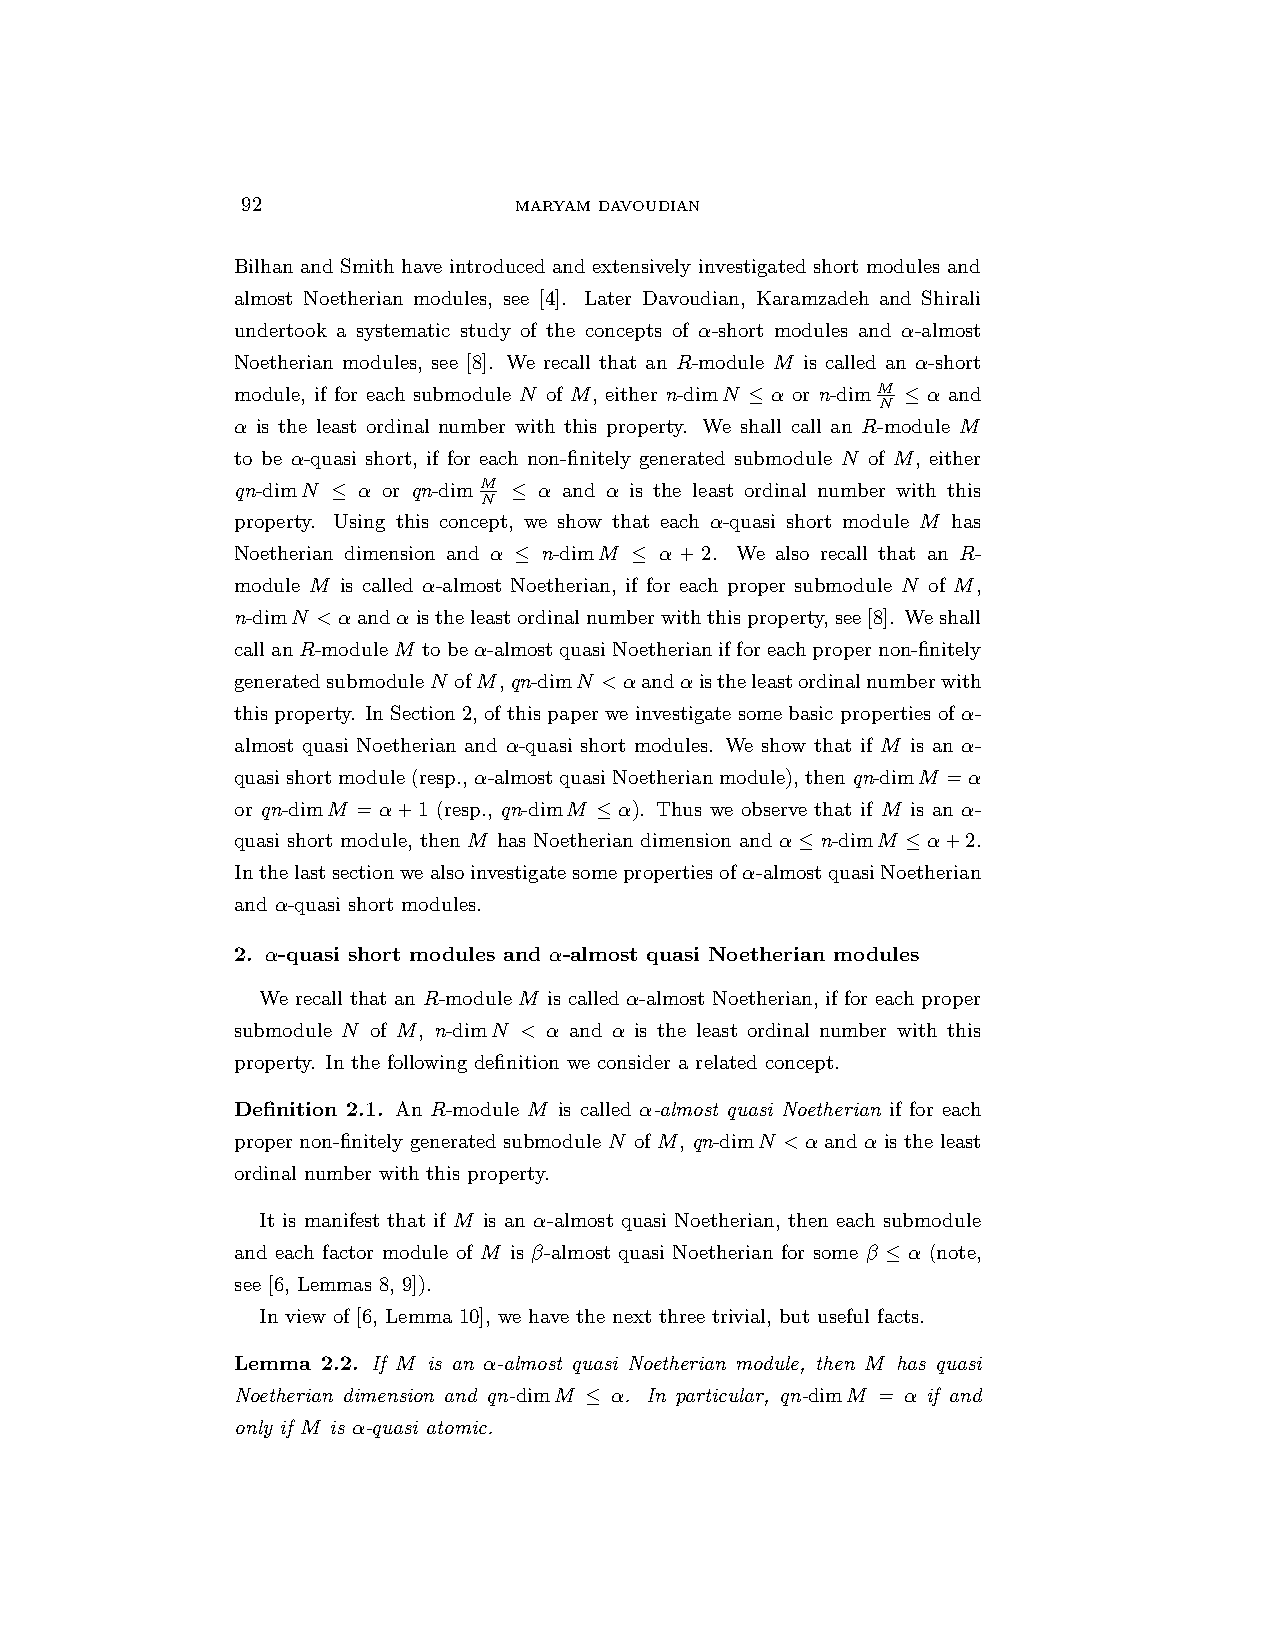
92                MARYAM DAVOUDIAN
 Bilhan and Smith have introduced and extensively investigated short modules and
 almost Noetherian modules, see [4]. Later Davoudian, Karamzadeh and Shirali
 undertook a systematic study of the concepts of α-short modules and α-almost
 Noetherian modules, see [8]. We recall that an R-module M is called an α-short
 module, if for each submodule N of M, either n-dimN ≤ α or n-dimM ≤ α and
 N
 α is the least ordinal number with this property. We shall call an R-module M
 to be α-quasi short, if for each non-finitely generated submodule N of M, either
 qn-dimN ≤ α or qn-dimM ≤ α and α is the least ordinal number with this
 N
 property. Using this concept, we show that each α-quasi short module M has
 Noetherian dimension and α ≤ n-dimM ≤ α + 2. We also recall that an R-
 module M is called α-almost Noetherian, if for each proper submodule N of M,
 n-dimN <αandαistheleastordinalnumberwiththisproperty,see[8]. Weshall
 callanR-moduleM tobeα-almostquasiNoetherianifforeachpropernon-finitely
 generatedsubmoduleN ofM,qn-dimN <αandαistheleastordinalnumberwith
 this property. In Section 2, of this paper we investigate some basic properties of α-
 almost quasi Noetherian and α-quasi short modules. We show that if M is an α-
 quasishortmodule(resp.,α-almostquasiNoetherianmodule),thenqn-dimM =α
 or qn-dimM = α+1 (resp., qn-dimM ≤ α). Thus we observe that if M is an α-
 quasi short module, then M has Noetherian dimension and α≤n-dimM ≤α+2.
 Inthelastsectionwealsoinvestigatesomepropertiesofα-almostquasiNoetherian
 and α-quasi short modules.
 2. α-quasi short modules and α-almost quasi Noetherian modules
 We recall that an R-module M is called α-almost Noetherian, if for each proper
 submodule N of M, n-dimN < α and α is the least ordinal number with this
 property. In the following definition we consider a related concept.
 Definition 2.1. An R-module M is called α-almost quasi Noetherian if for each
 proper non-finitely generated submodule N of M, qn-dimN <α and α is the least
 ordinal number with this property.
 It is manifest that if M is an α-almost quasi Noetherian, then each submodule
 and each factor module of M is β-almost quasi Noetherian for some β ≤ α (note,
 see [6, Lemmas 8, 9]).
 In view of [6, Lemma 10], we have the next three trivial, but useful facts.
 Lemma 2.2. If M is an α-almost quasi Noetherian module, then M has quasi
 Noetherian dimension and qn-dimM ≤ α. In particular, qn-dimM = α if and
 only if M is α-quasi atomic.